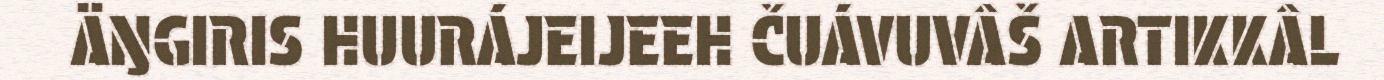
ÄŊGIRIS HUURÁJEIJEEH ČUÁVUVÂŠ ARTIKKÂL